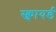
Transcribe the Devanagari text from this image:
स्क्वायर्ड